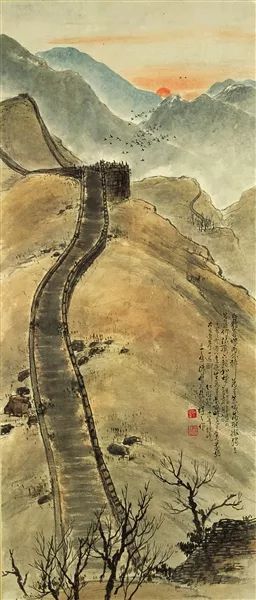
向来吟秀句，不觉已鸣鸦。